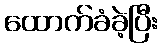
ထောက်ခံခဲ့ပြီး